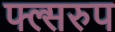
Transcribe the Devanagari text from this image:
फ्ल्सरुप